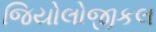
જિયોલોજીકલ